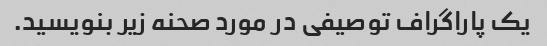
یک پاراگراف توصیفی در مورد صحنه زیر بنویسید.